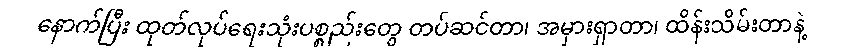
နောက်ပြီး ထုတ်လုပ်ရေးသုံးပစ္စည်းတွေ တပ်ဆင်တာ၊ အမှားရှာတာ၊ ထိန်းသိမ်းတာနဲ့